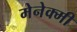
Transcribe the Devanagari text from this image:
मेनेक्मी